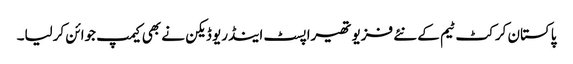
پاکستان کرکٹ ٹیم کے نئے فزیو تھیراپسٹ اینڈریو ڈیکن نے بھی کیمپ جوائن کرلیا۔